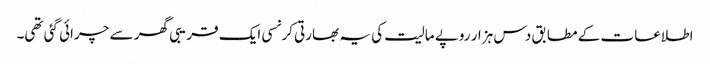
اطلاعات کے مطابق دس ہزار روپے مالیت کی یہ بھارتی کرنسی ایک قریبی گھر سے چرائی گئی تھی۔